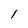
Character: l